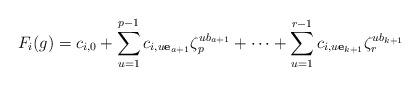
LaTeX: \begin{align*} F_i(g)= c_{i,0} + \sum_{u=1}^{p-1}c_{i, u\mathbf{e}_{a+1}}\zeta_p^{ub_{a+1}} +\cdots +\sum_{u=1}^{r-1}c_{i,u\mathbf{e}_{k+1}}\zeta_r^{ub_{k+1}} \end{align*}